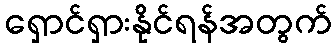
ရှောင်ရှားနိုင်ရန်အတွက်